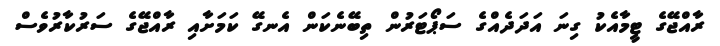
ރާއްޖޭގެ ޓީމާއެކު ގިނަ އަދަދެއްގެ ސަޕޯޓަރުން ތިބޭނެކަން އެނގޭ ކަމަށާއި ރާއްޖޭގެ ސަރުކާރުވެސް